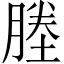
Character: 塍